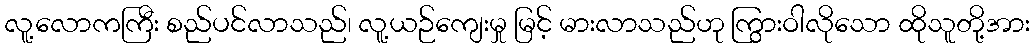
လူ့လောကကြီး စည်ပင်လာသည်၊ လူ့ယဉ်ကျေးမှု မြင့် မားလာသည်ဟု ကြွားဝါလိုသော ထိုသူတို့အား